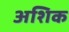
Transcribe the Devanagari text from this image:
अशिक